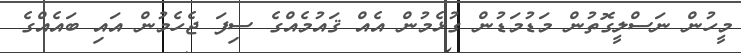
މީހުން ނަސްލީގޮތުން މަޑުމަޑުން ގުޅެމުން އެއް ޤައުމެއްގެ ސިފަ ޖެހެމުން އައި ބައެއްގެ